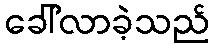
ခေါ်လာခဲ့သည်